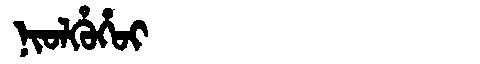
Manchu: ᠨᡳᠣᠯᡥᡠᡥᠣᡳ
Romanization: NIOLHUHOI